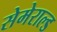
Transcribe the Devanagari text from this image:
सेमेराल्ड